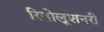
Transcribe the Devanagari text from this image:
रिवोलूशनरी